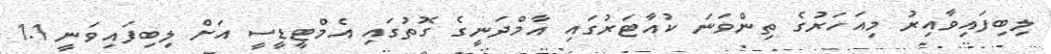
ލިބިފައިވާއިރު މިއަހަރުގެ ތިންވަނަ ކުއާޓަރުގައި އާމްދަނީގެ ގޮތުގައި އެމްޓީޑީސީ އަށް ލިބިފައިވަނީ 1.1